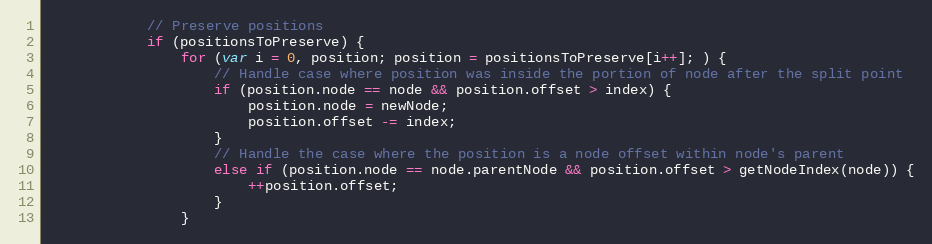
Language: JavaScript
            // Preserve positions
            if (positionsToPreserve) {
                for (var i = 0, position; position = positionsToPreserve[i++]; ) {
                    // Handle case where position was inside the portion of node after the split point
                    if (position.node == node && position.offset > index) {
                        position.node = newNode;
                        position.offset -= index;
                    }
                    // Handle the case where the position is a node offset within node's parent
                    else if (position.node == node.parentNode && position.offset > getNodeIndex(node)) {
                        ++position.offset;
                    }
                }